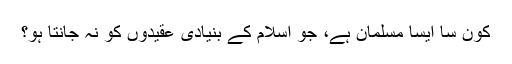
کون سا ایسا مسلمان ہے، جو اسلام کے بنیادی عقیدوں کو نہ جانتا ہو؟